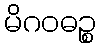
မိဂဝဓဉ္စ